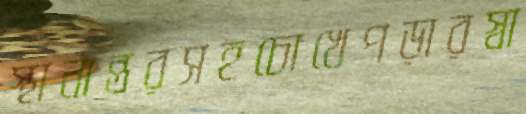
স্থানান্তরসহচোখেপড়ারস্বা